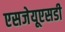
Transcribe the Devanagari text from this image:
एसजेयूएसडी